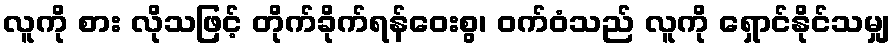
လူကို စား လိုသဖြင့် တိုက်ခိုက်ရန်ဝေးစွ၊ ဝက်ဝံသည် လူကို ရှောင်နိုင်သမျှ